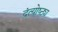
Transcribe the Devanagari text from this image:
दंत्योष्ठ्य